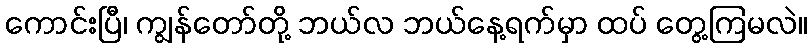
ကောင်းပြီ၊ ကျွန်တော်တို့ ဘယ်လ ဘယ်နေ့ရက်မှာ ထပ် တွေ့ကြမလဲ။